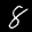
Label: 8